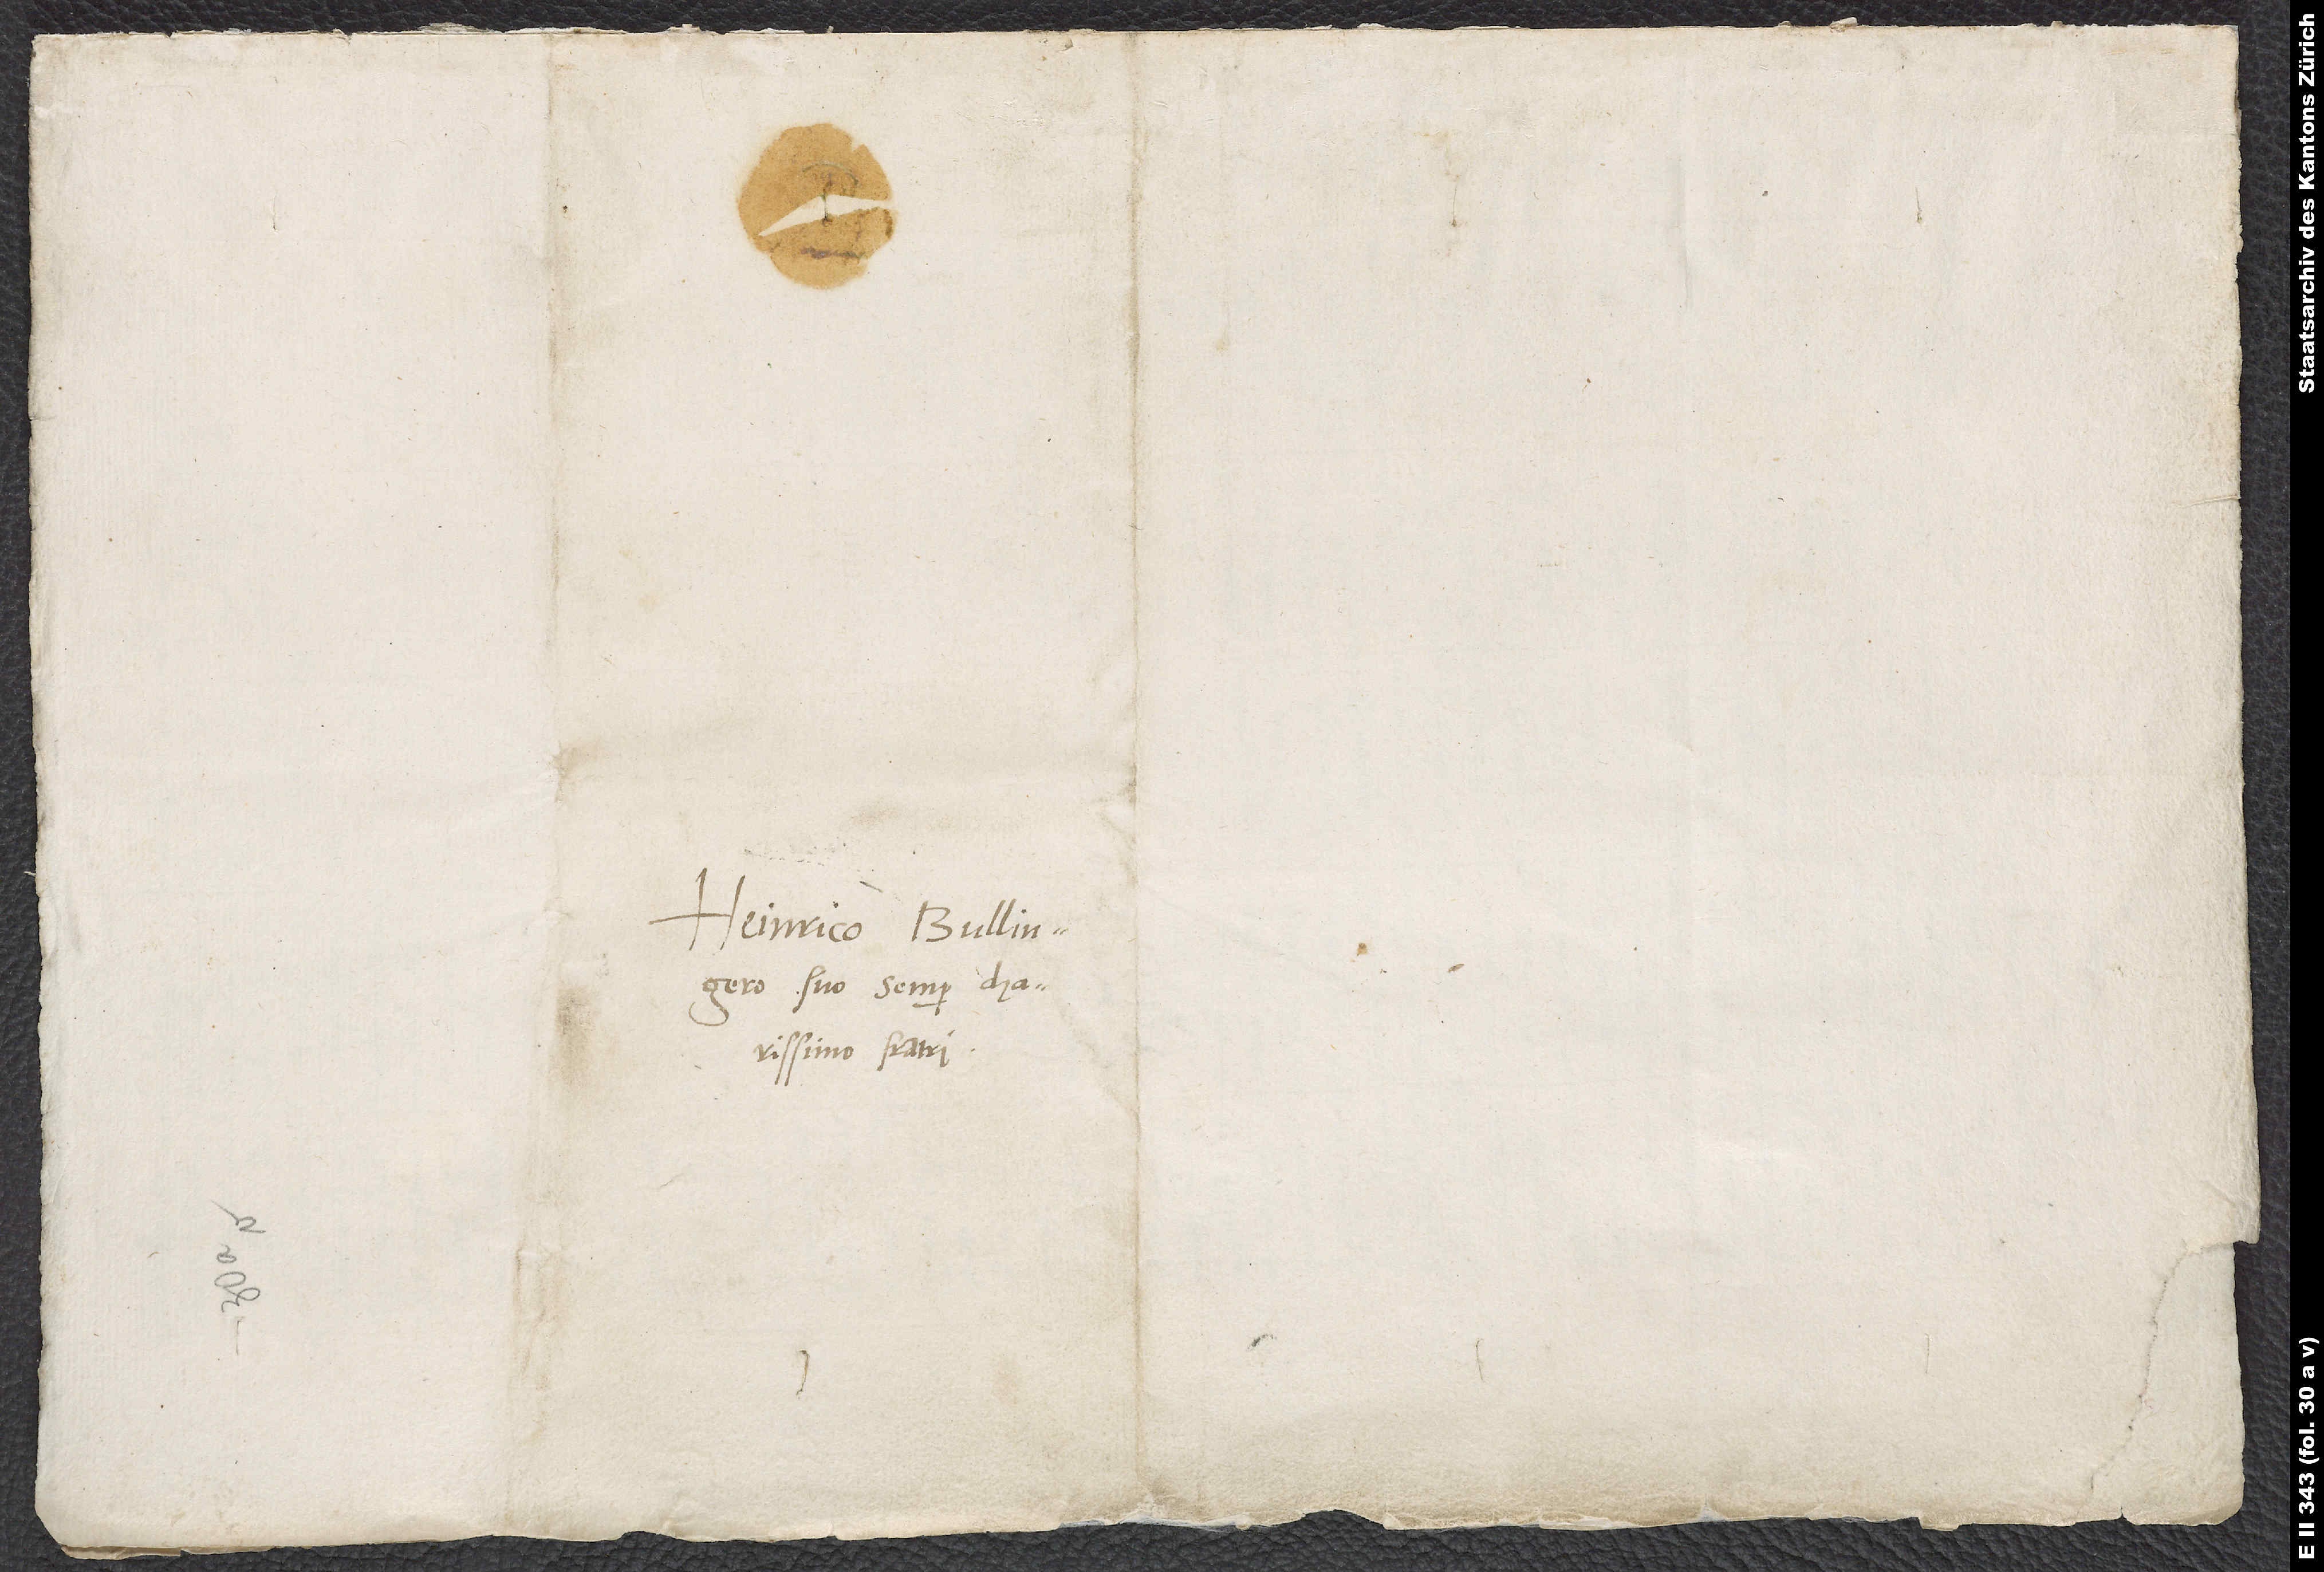
Heinrico Bullingero,
suo semper charissimo
fratri.